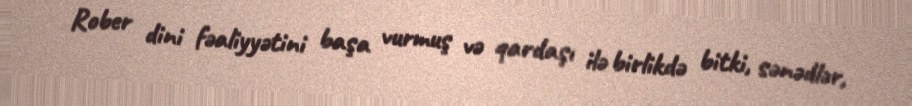
Rober dini fəaliyyətini başa vurmuş və qardaşı ilə birlikdə bitki, sənədlər,